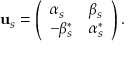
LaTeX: { \bf u } _ { s } = \left( \begin{array} { l l } { { \alpha _ { s } } } & { { \beta _ { s } } } \\ { { - \beta _ { s } ^ { \ast } } } & { { \alpha _ { s } ^ { \ast } } } \end{array} \right) .